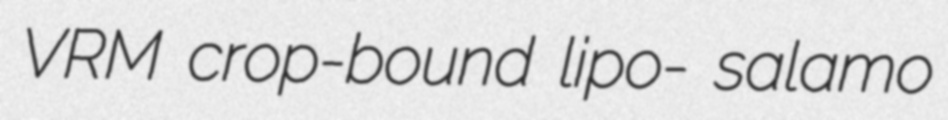
VRM crop-bound lipo- salamo